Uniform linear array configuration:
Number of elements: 32
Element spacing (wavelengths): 0.5
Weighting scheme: kaiser
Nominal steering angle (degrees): -30
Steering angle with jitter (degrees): -30.539
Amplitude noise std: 0.05
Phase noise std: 0.05

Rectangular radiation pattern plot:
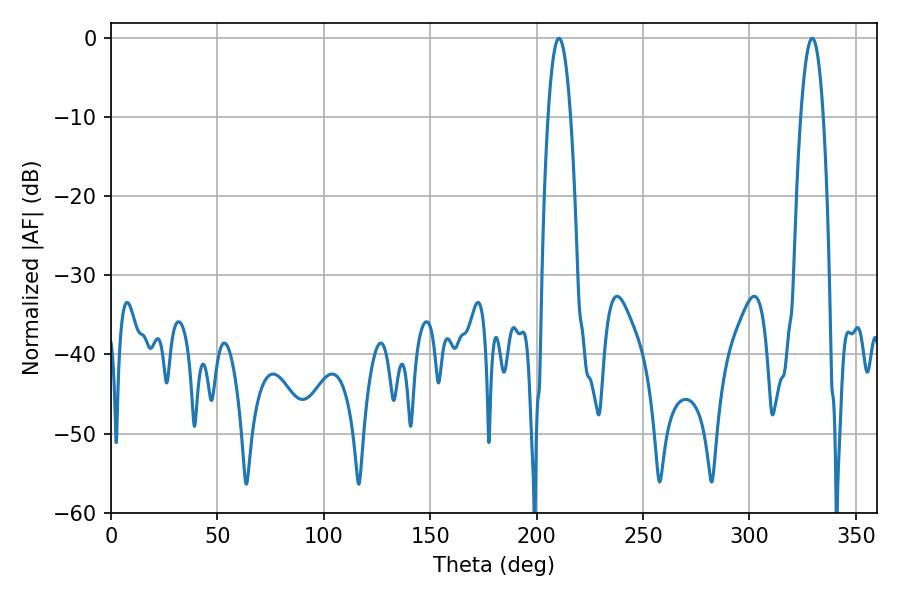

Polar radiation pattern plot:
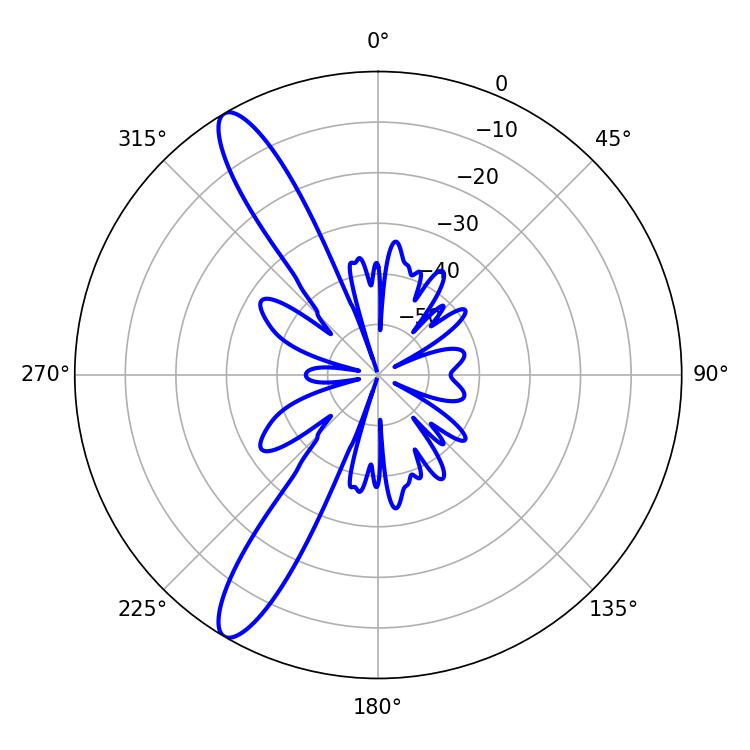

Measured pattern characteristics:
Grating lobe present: FALSE
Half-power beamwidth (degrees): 5.94
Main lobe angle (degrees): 210.42